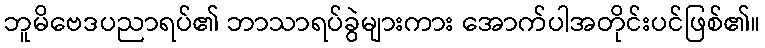
ဘူမိဗေဒပညာရပ်၏ ဘာသာရပ်ခွဲများကား အောက်ပါအတိုင်းပင်ဖြစ်၏။